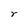
Character: r